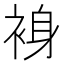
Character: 裑